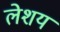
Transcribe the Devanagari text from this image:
लेशय